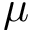
\mu